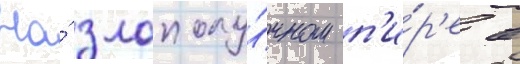
На́ злополу́чном п'и́р'е в